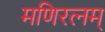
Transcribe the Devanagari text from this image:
मणिरत्‍नम्